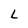
Character: L